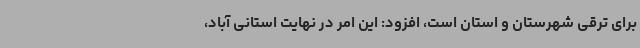
برای ترقی شهرستان و استان است، افزود: این امر در نهایت استانی آباد،